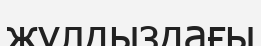
жұлдыздағы